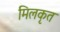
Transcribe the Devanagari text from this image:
मिलकृत